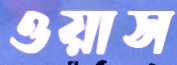
ওয়াস